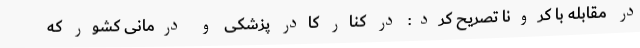
در مقابله با کرونا تصریح کرد: در کنار کادر پزشکی و درمانی کشور که